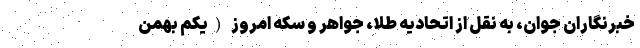
خبرنگاران جوان، به نقل از اتحادیه طلا، جواهر و سکه امروز (یکم بهمن